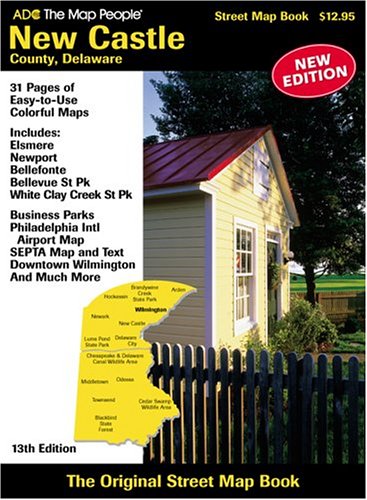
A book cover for ADC The Map People New Castle County, Delaware: Street Map Book; ADC the Map People; Travel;